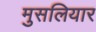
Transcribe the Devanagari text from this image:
मुसलियार